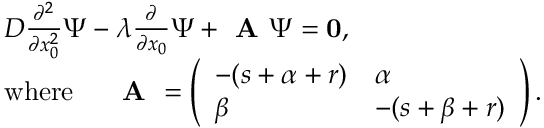
\begin{array} { r l } & { D \frac { \partial ^ { 2 } } { \partial x _ { 0 } ^ { 2 } } \Psi - \lambda \frac { \partial } { \partial x _ { 0 } } \Psi + \textbf { A } \Psi = \bf { 0 } , } \\ & { \mathrm { w h e r e } \; \; \; \; \; \textbf { A } = \left( \begin{array} { l l } { - ( s + \alpha + r ) } & { \alpha } \\ { \beta } & { - ( s + \beta + r ) } \end{array} \right) . } \end{array}